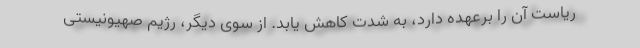
ریاست آن را برعهده دارد، به شدت کاهش یابد. از سوی دیگر، رژیم صهیونیستی